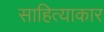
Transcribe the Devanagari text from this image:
साहित्याकार